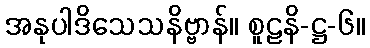
အနုပါဒိသေသနိဗ္ဗာန်။ စူဠနိ-ဋ္ဌ-၆။